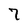
Character: 7